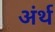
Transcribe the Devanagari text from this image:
अंर्थ